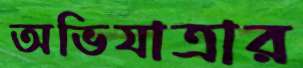
অভিযাত্রার